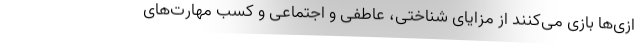
ازی‌ها بازی می‌کنند از مزایای شناختی، عاطفی و اجتماعی و کسب مهارت‌های